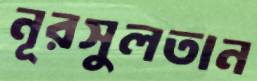
নূরসুলতান